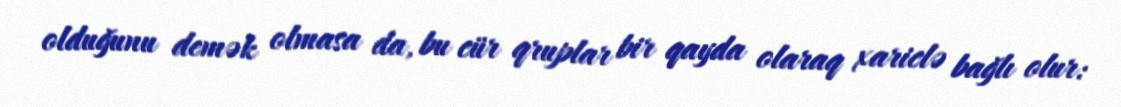
olduğunu demək olmasa da, bu cür qruplar bir qayda olaraq xariclə bağlı olur: